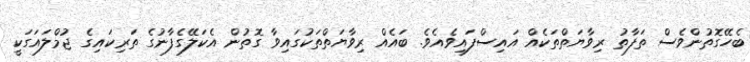
ބެހޭގޮތުންވެސް ތަފާތު ރިވާޔަތްތަކެއް އައިސްފައިވެއެވެ. ބައެއް ރިވާޔަތްތަކުގައިވާ ގޮތުން އެކަލޭގެފާނުގެ ތަރިކައިގެ ޖުމްލައަގަކީ